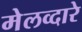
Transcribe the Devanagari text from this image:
मेलव्दारे